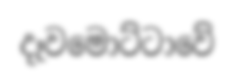
දෑවමොට්ටාවේ